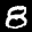
Label: 8